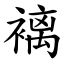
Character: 褵